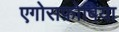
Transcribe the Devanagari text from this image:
एगोराफ़ोबिया